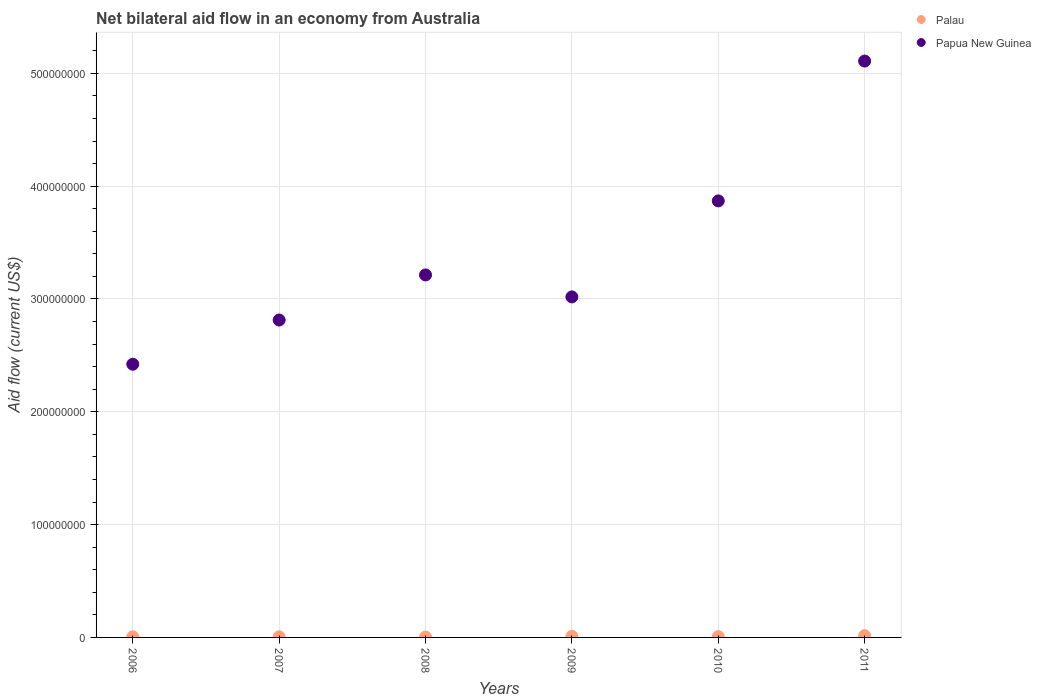
| Years | Palau | Papua New Guinea |
 | --- | --- | --- |
 | 2006 | 5.2e+05 | 2.42e+08 |
 | 2007 | 5.8e+05 | 2.81e+08 |
 | 2008 | 2.9e+05 | 3.21e+08 |
 | 2009 | 1.01e+06 | 3.02e+08 |
 | 2010 | 7.4e+05 | 3.87e+08 |
 | 2011 | 1.57e+06 | 5.11e+08 |